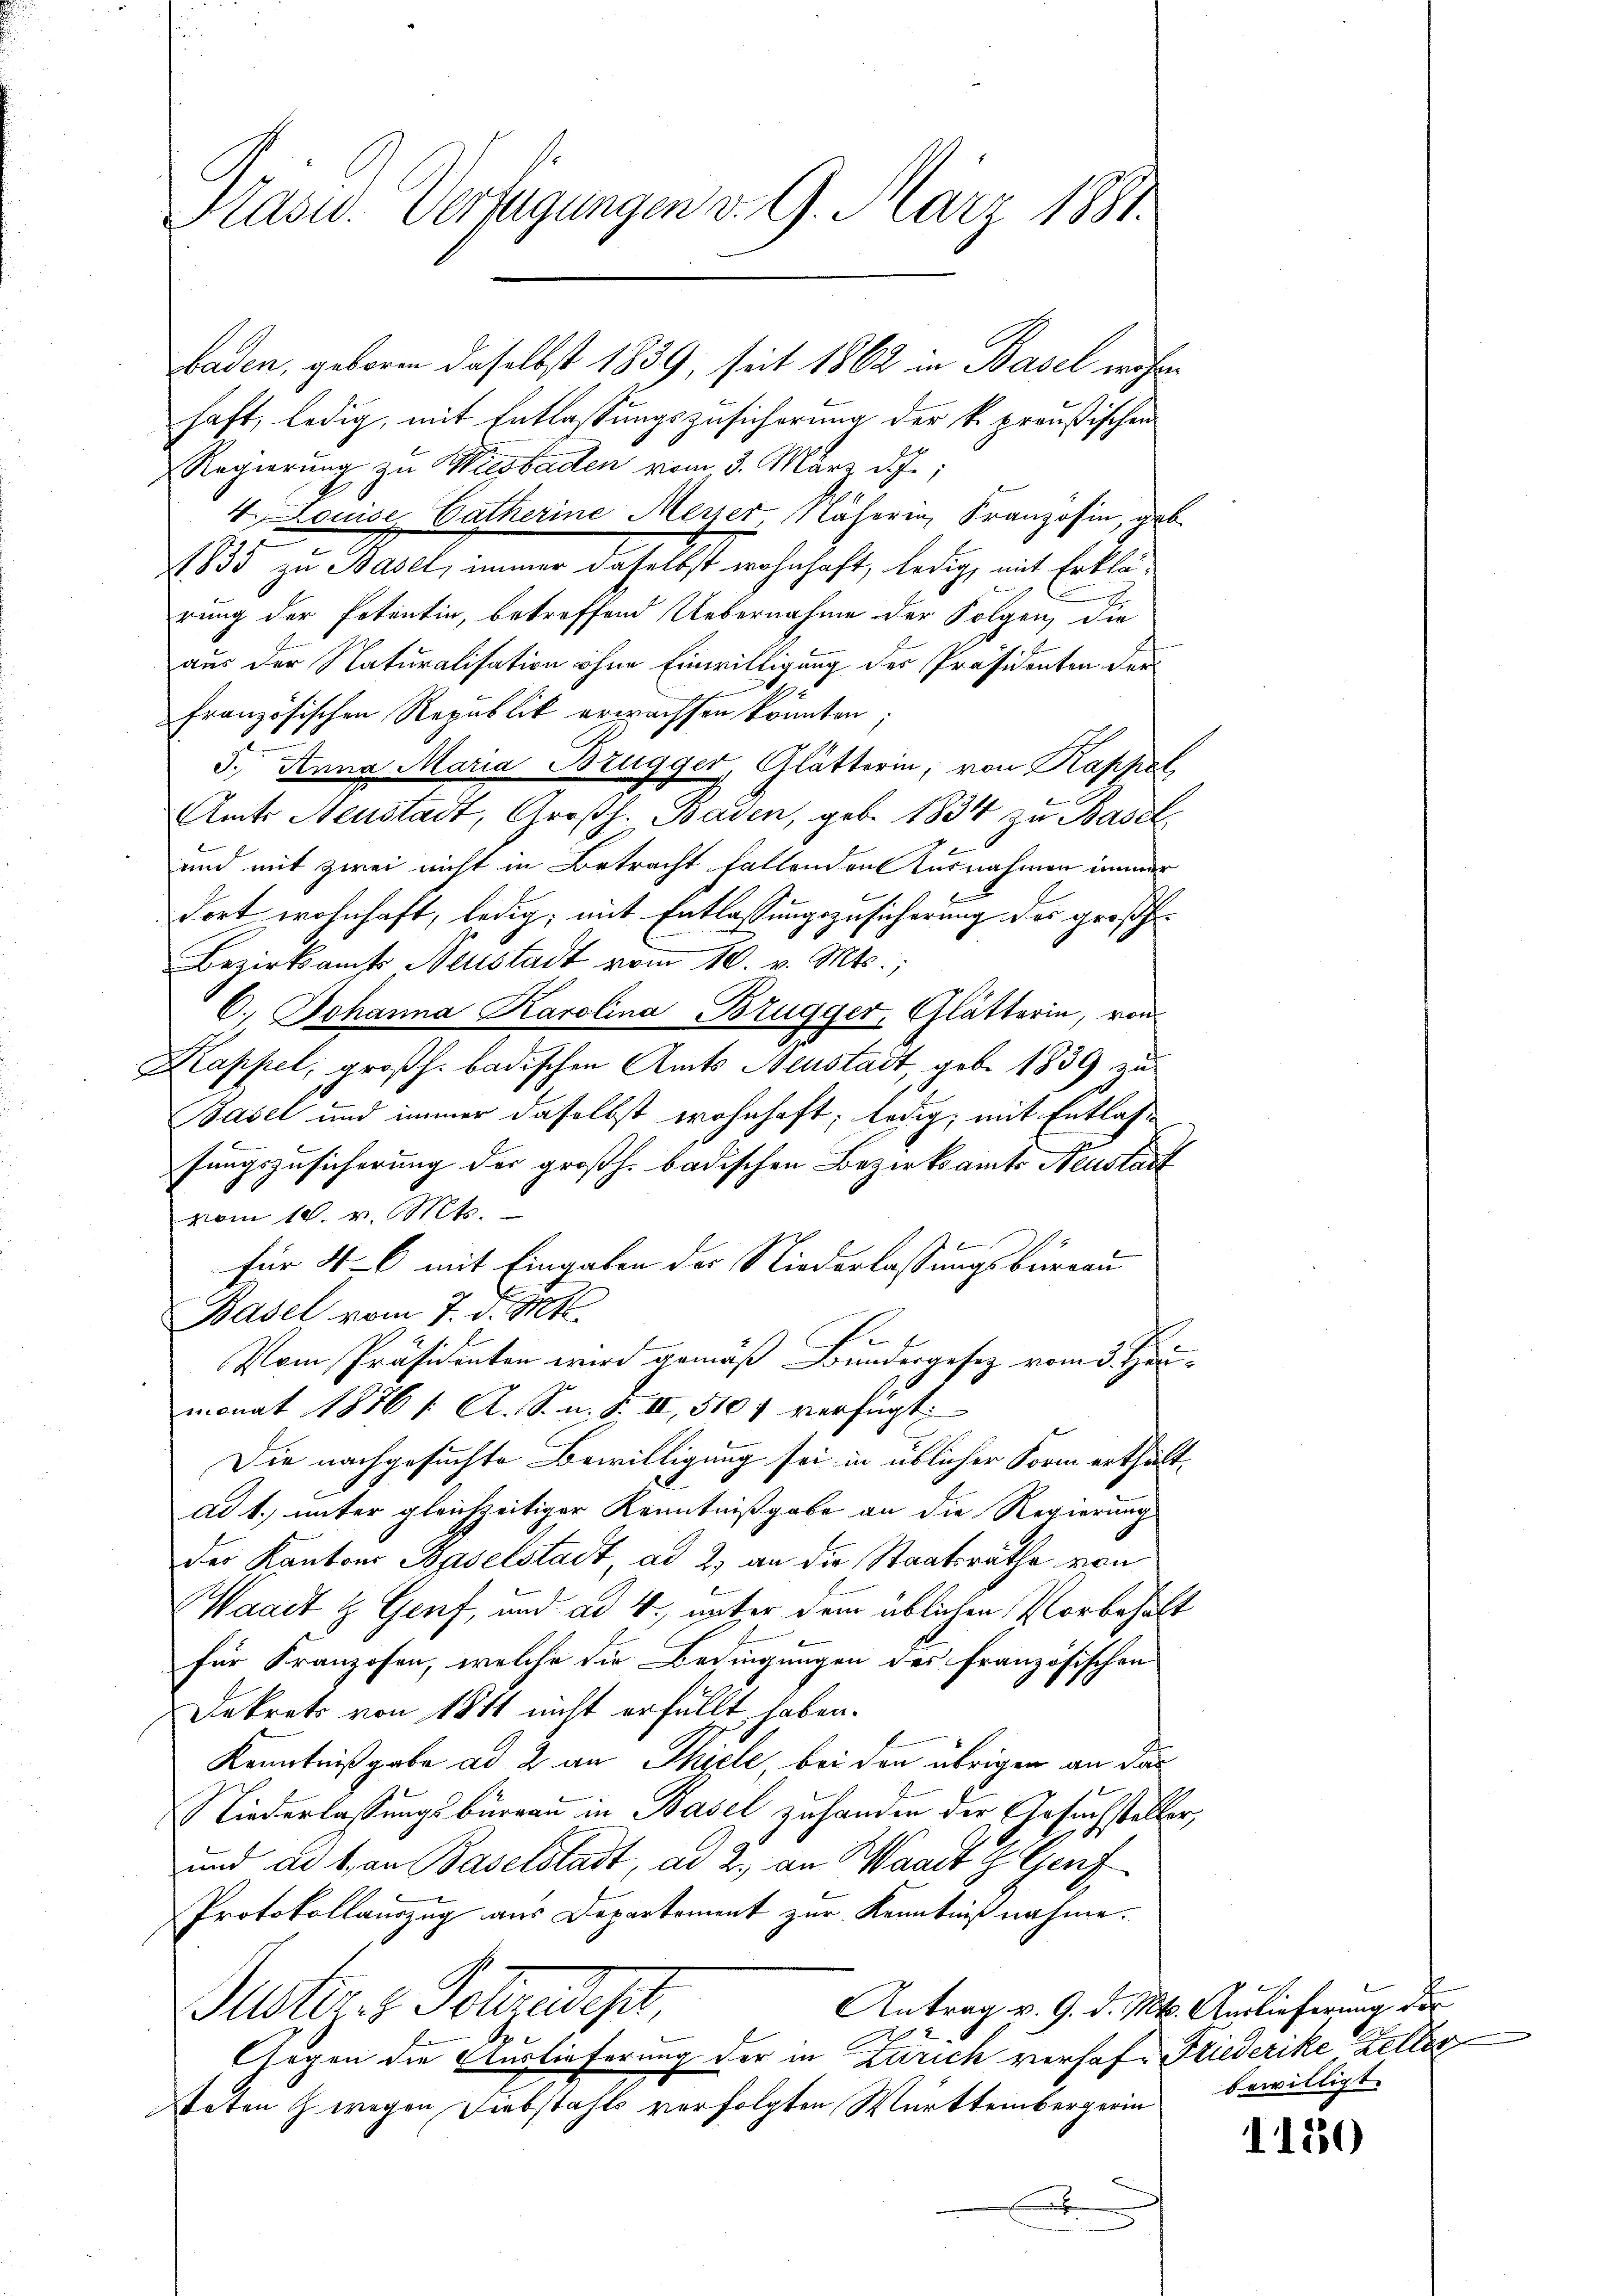
Präsid. Verfügungen v. 9. März 1881.

haft, ledig, mit Entlassungszusicherung der k. preußischen
Regierung zu Wiesbaden vom 3. März d.J.;
4. Louise Catherine Meyer, Näherin, Franzosen, geb.
1835 zu Basel, immer daselbst wohnhaft, ledig, mit Erklä¬
.
rung der Petentin, betreffend Uebernahme der Folgen, die
aus der Naturalisation ohne Einwilligung des Präsidenten der
französischen Republik erwachsen könnten;
5. Anna Maria Brugger, Glätterin, von Kappel,
Amts Neustadt, Großh. Baden, geb. 1834 zu Basel
und mit zwei nicht in Betracht fallenden Ausnahmen immer
dort wohnhaft, ledig, mit Entlassungszusicherung des größ¬
Bezirksamts Neustadt vom 10. v. Mts.,
C. Johanna Karolina Brugger, Glätterin, von
Kappel, großh. badischen Amts Neustadt, geb. 1839 zu
Basel und immer daselbst wohnhaft; ledig, mit Entlasfungszusicherung der großh. badischen Bezirksamts Neustadt
vom 18. v. Mts.
für 4-6 mit Eingaben der Niederlassungsbüreau
Basel vom 7. d. Mtt.
f
Vom Präsidenten wird gemäß Bundergesetz vom 3. Häumonat 1876 /: A. S. n. F. III, 5101 verfügt:
Die nachgesuchte Bewilligung sei in üblicher Form erthält.
ad 1. unter gleichzeitiger Kenntnißgabe an die Regierung
der Kantons Baselstadt, ad 2, an die Staatsräthe von
Waadt & Genf, und ad 4., unter dem üblichen Vorbehalt
für Franzosen, welche die Bedingungen des französischen
Dekrets von 1811 nicht erfüllt haben.
Kenntnißgabe ad 2 an Thiele, bei den übrigen an das
Niederlassungsbureau in Basel zu handen der Gesuchsteller,
und ad 1, an Baselstadt, ad 2. an Waadt g. Genf
Protokollauszug aus Departement zur Kenntniß nahme.
Antrag v. 9. d. Mts. Auslieferung der
ettzer Sohnedigt
b
Gegen die Auslieferung der in Zürich verhof. Friederike Zeller
teten z wegen Diebstahls verfolgten Württembergerin bewilligt.

baden, geboren daselbst 1839, seit 1862 in Basel wohne

1130